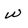
Character: w